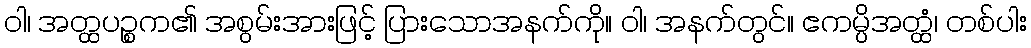
ဝါ၊ အတ္ထပဉ္စက၏ အစွမ်းအားဖြင့် ပြားသောအနက်ကို။ ဝါ၊ အနက်တွင်။ ဧကမ္ပိအတ္ထံ၊ တစ်ပါး